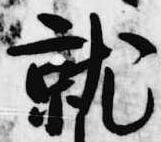
就